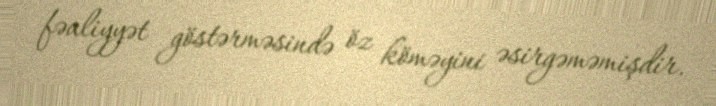
fəaliyyət göstərməsində öz köməyini əsirgəməmişdir.